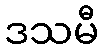
ဒသမီ